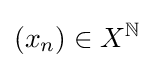
(x_{n})\in X^{\mathbb {N} }